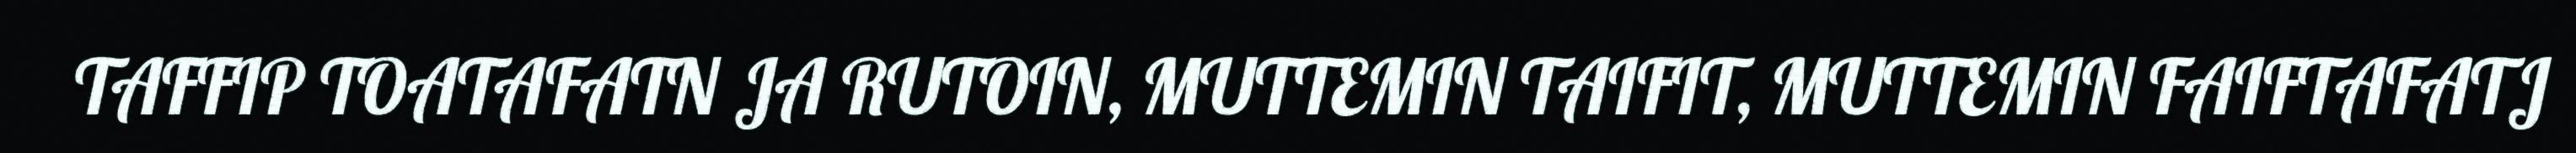
TAFFIP TOATAFATN JA RUTOIN, MUTTEMIN TAIFIT, MUTTEMIN FAIFTAFATJ